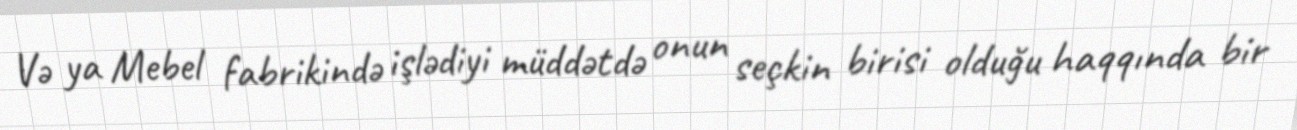
Və ya Mebel fabrikində işlədiyi müddətdə onun seçkin birisi olduğu haqqında bir